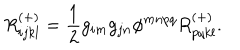
R _ { i j k l } ^ { ( + ) } = \frac { 1 } { 2 } g _ { i m } g _ { j n } \phi ^ { m n p q } R _ { p q k l } ^ { ( + ) } .